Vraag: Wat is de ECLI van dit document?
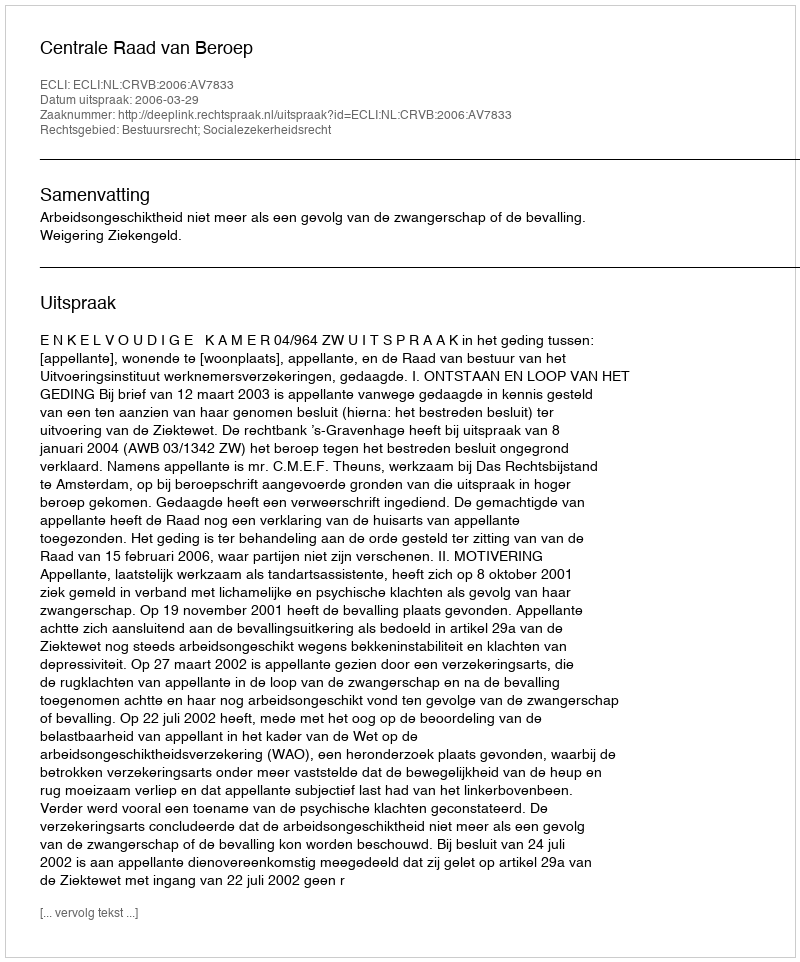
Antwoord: ECLI:NL:CRVB:2006:AV7833